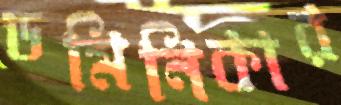
ডমিনিকার